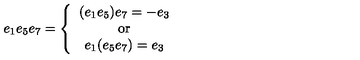
e _ { 1 } e _ { 5 } e _ { 7 } = \left\{ \begin{array} { c } { ( e _ { 1 } e _ { 5 } ) e _ { 7 } = - e _ { 3 } } \\ { \mathrm { o r } } \\ { e _ { 1 } ( e _ { 5 } e _ { 7 } ) = e _ { 3 } } \\ \end{array} \right.